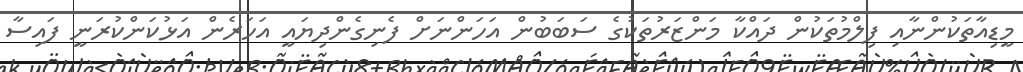
މީޑިއާތަކުންނާއި ފިލްމުތަކުން ދައްކާ މަންޒަރުތަކުގެ ސަބަބުން އަހަންނަށް ފެނިގެންދިޔައީ އަހަރެން އަޅުކަންކުރަނީ ފައިސާ